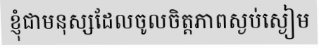
ខ្ញុំជាមនុស្សដែលចូលចិត្តភាពស្ងប់ស្ងៀម